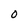
Character: 0